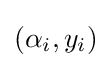
(\alpha _{i},y_{i})